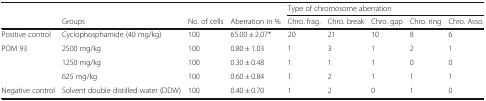
<table><thead><tr><td></td><td></td><td></td><td></td><td colspan="5"><b>Type of chromosome aberration</b></td></tr><tr><td></td><td><b>Groups</b></td><td><b>No. of cells</b></td><td><b>Aberration in %</b></td><td><b>Chro. frag.</b></td><td><b>Chro. break</b></td><td><b>Chro. gap</b></td><td><b>Chro. ring</b></td><td><b>Chro. Asso.</b></td></tr></thead><tbody><tr><td>Positive control</td><td>Cyclophosphamide (40 mg/kg)</td><td>100</td><td>65.00 ± 2.07*</td><td>20</td><td>21</td><td>10</td><td>8</td><td>6</td></tr><tr><td rowspan="3">POM 93</td><td>2500 mg/kg</td><td>100</td><td>0.80 ± 1.03</td><td>1</td><td>3</td><td>1</td><td>2</td><td>1</td></tr><tr><td>1250 mg/kg</td><td>100</td><td>0.30 ± 0.48</td><td>1</td><td>1</td><td>1</td><td>0</td><td>0</td></tr><tr><td>625 mg/kg</td><td>100</td><td>0.60 ± 0.84</td><td>1</td><td>2</td><td>1</td><td>1</td><td>1</td></tr><tr><td>Negative control</td><td>Solvent double distilled water (DDW)</td><td>100</td><td>0.40 ± 0.70</td><td>1</td><td>2</td><td>0</td><td>1</td><td>0</td></tr></tbody></table>